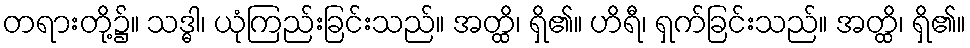
တရားတို့၌။ သဒ္ဓါ၊ ယုံကြည်းခြင်းသည်။ အတ္ထိ၊ ရှိ၏။ ဟိရီ၊ ရှက်ခြင်းသည်။ အတ္ထိ၊ ရှိ၏။